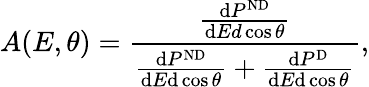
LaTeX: A(E,\theta)=\frac{\frac{\mathrm{d}P^{\mathrm{ND}}}{\mathrm{d}Ed\cos\theta}}{\frac{\mathrm{d}P^{\mathrm{ND}}}{\mathrm{d}E\mathrm{d}\cos\theta}+\frac{\mathrm{d}P^{\mathrm{D}}}{\mathrm{d}E\mathrm{d}\cos\theta}},